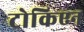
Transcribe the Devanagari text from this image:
टोकिएन